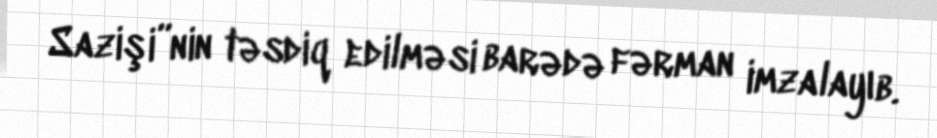
Sazişi”nin təsdiq edilməsi barədə fərman imzalayıb.